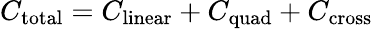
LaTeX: C_{\mathrm{total}}=C_{\mathrm{linear}}+C_{\mathrm{quad}}+C_{\mathrm{cross}}